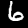
Digit: 6